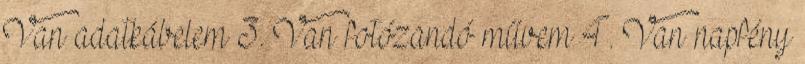
Van adatkábelem 3. Van fotózandó művem 4. Van napfény